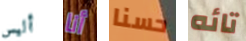
أليس أنا حسنا تائه